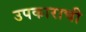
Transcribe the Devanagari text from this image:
उपकाराची